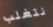
نتغلب